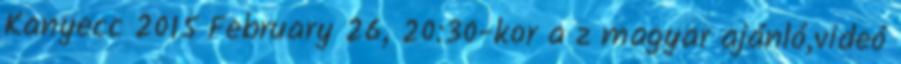
Kanyecc 2015 February 26, 20:30-kor a z magyar ajánló,videó